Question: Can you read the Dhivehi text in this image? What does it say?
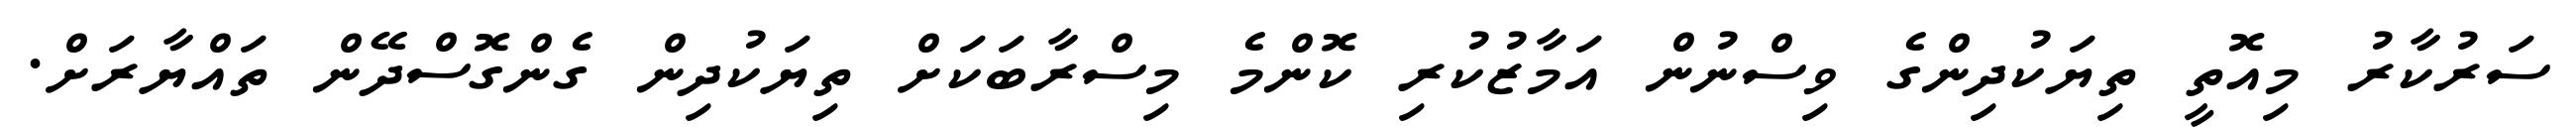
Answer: ސަރުކާރު މިއޮތީ ތިޔަކުދިންގެ ވިސްނުން އަމާޒުކުރި ކޮންމެ މިސްރާބަކަށް ތިޔަކުދިން ގެންގޮސްދޭން ތައްޔާރަށް.